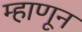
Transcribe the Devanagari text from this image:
म्हाणून